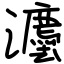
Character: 灋